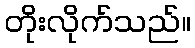
တိုးလိုက်သည်။